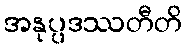
အနုပ္ပဒဿတီတိ